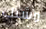
مشبك